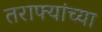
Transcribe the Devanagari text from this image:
तराफ्यांच्या